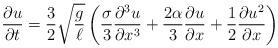
LaTeX: \begin{align*}\frac{\partial u}{\partial t}=\frac{3}{2}\sqrt{\frac{g}{\ell}}\left(\frac{\sigma}{3}\frac{\partial^3 u}{\partial x^3} +\frac{2\alpha}{3}\frac{\partial u}{\partial x}+\frac12 \frac{\partial u^2}{\partial x}\right)\end{align*}